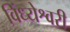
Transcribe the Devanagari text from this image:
विंध्येश्वरी